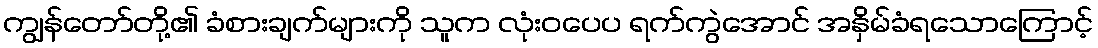
ကျွန်တော်တို့၏ ခံစားချက်များကို သူက လုံးဝပေပ ရက်ကွဲအောင် အနှိမ်ခံရသောကြောင့်